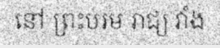
នៅ ព្រះបរម រាជ្យ វាំង